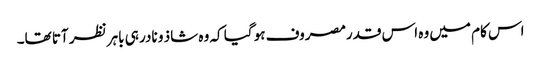
اس کام میں وہ اس قدرمصروف ہو گیا کہ وہ شاذ و نادر ہی باہر نظر آتا تھا۔